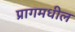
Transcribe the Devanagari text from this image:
प्रागमधील